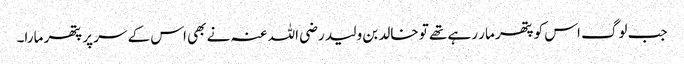
جب لوگ اس کو پتھر مار رہے تھے تو خالد بن ولید رضی اللہ عنہ نے بھی اس کے سر پر پتھر مارا۔